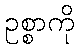
ဥစ္စာကို